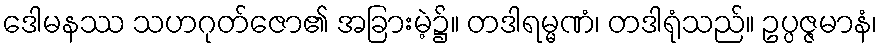
ဒေါမနဿ သဟဂုတ်ဇော၏ အခြားမဲ့၌။ တဒါရမ္မဏံ၊ တဒါရုံသည်။ ဥပ္ပဇ္ဇမာနံ၊